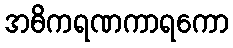
အဓိကရဏကာရကော